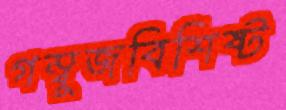
গম্বুজবিশিষ্ট